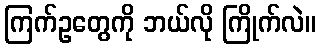
ကြက်ဥတွေကို ဘယ်လို ကြိုက်လဲ။